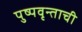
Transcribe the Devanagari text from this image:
पुष्पवृन्ताची